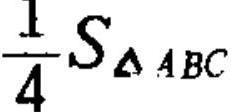
$\frac{1}{4}S_{\triangle ABC}$